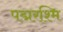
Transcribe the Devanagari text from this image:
पद्मरश्मि